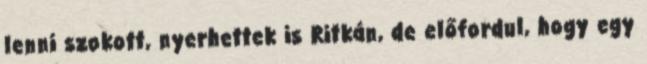
lenni szokott, nyerhettek is Ritkán, de előfordul, hogy egy